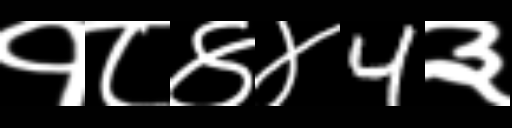
Text: १८४४4३